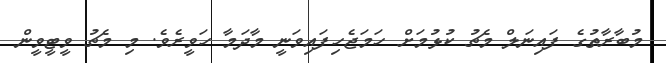
މުބާރާތުގެ ފައިނަލް މެޗު ކުޅުމަށް ހަމަޖެހިފައިވަނީ މާދަމާ ހަވީރެވެ. މި މެޗު ވީޓީވީން